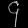
Digit: ၄